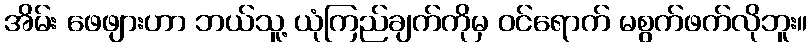
အိမ်း ဖေဖျားဟာ ဘယ်သူ့ ယုံကြည်ချက်ကိုမှ ဝင်ရောက် မစွက်ဖက်လိုဘူး။